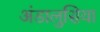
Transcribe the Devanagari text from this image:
अंडालुसिया